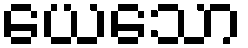
ယေသော